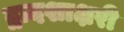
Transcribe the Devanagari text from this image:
द्वादशाक्षरी